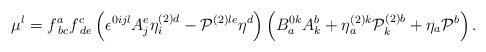
LaTeX: \begin{align*}\mu ^{l}=f_{\;bc}^{a}f_{\;de}^{c}\left( \epsilon ^{0ijl}A_{j}^{e}\eta_{i}^{\left( 2\right) d}-{\cal P}^{\left( 2\right) le}\eta ^{d}\right)\left( B_{a}^{0k}A_{k}^{b}+\eta _{a}^{\left( 2\right) k}{\cal P}_{k}^{\left(2\right) b}+\eta _{a}{\cal P}^{b}\right) . \end{align*}